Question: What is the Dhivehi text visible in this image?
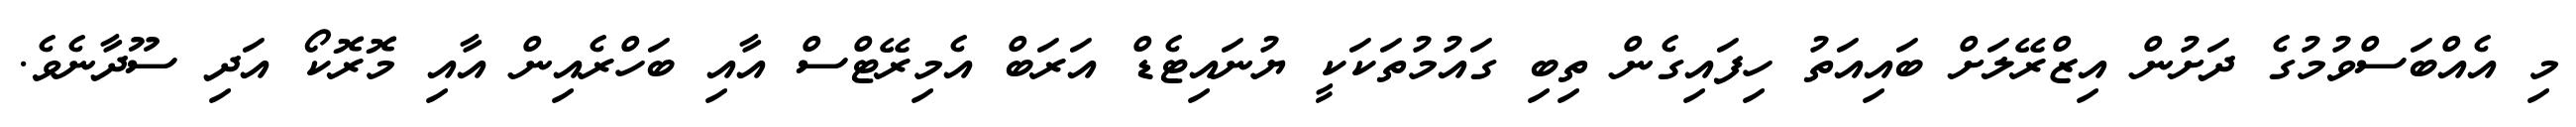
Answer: މި އެއްބަސްވުމުގެ ދަށުން އިޒްރޭލަށް ބައިއަތު ހިފައިގެން ތިބި ގައުމުތަކަކީ ޔުނައިޓެޑް އަރަބް އެމިރޭޓްސް އާއި ބަހްރެއިން އާއި މޮރޮކޯ އަދި ސޫދާނެވެ.